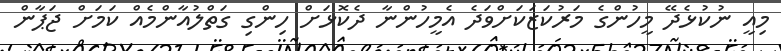
މިއީ ނުކުޅެދޭ މީހުންގެ މަރުކަޒަކަށްވަދެ އެމީހުންނާ ދެކޮޅަށް ހިންގި ގަތްލުއާންމެއް ކަމަށް ޖަޕާން